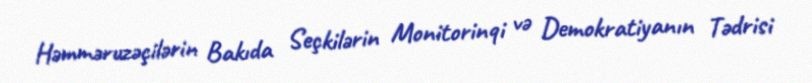
Həmməruzəçilərin Bakıda Seçkilərin Monitorinqi və Demokratiyanın Tədrisi